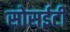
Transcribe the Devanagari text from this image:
सोसईटी